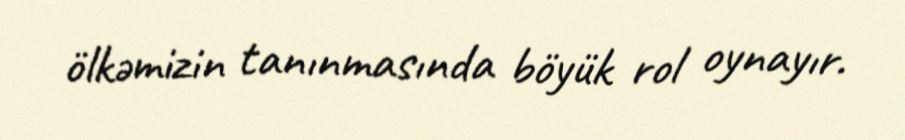
ölkəmizin tanınmasında böyük rol oynayır.